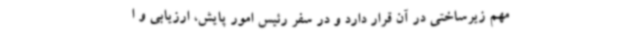
مهم زیرساختی در آن قرار دارد و در سفر رئیس امور پایش، ارزیابی و ا